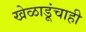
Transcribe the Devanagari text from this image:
खेळाडूंचाही